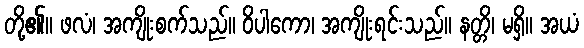
တို့၏။ ဖလံ၊ အကျိုးစက်သည်။ ဝိပါကော၊ အကျိုးရင်းသည်။ နတ္တိ၊ မရှိ။ အယံ